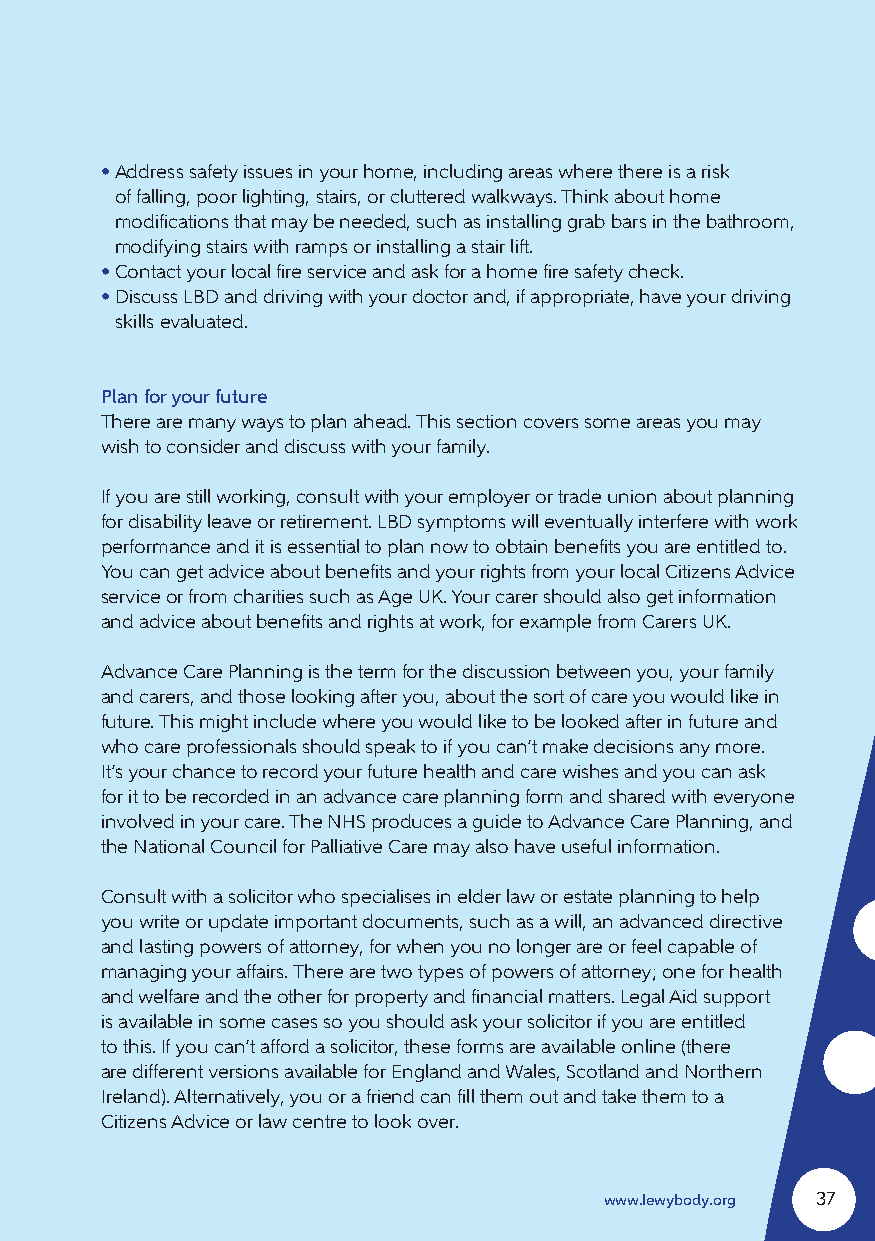
• Address safety issues in your home, including areas where there is a risk
 of falling, poor lighting, stairs, or cluttered walkways. Think about home
 modifications that may be needed, such as installing grab bars in the bathroom,
 modifying stairs with ramps or installing a stair lift.
 • Contact your local fire service and ask for a home fire safety check.
 • Discuss LBD and driving with your doctor and, if appropriate, have your driving
 skills evaluated.
 Plan for your future
 There are many ways to plan ahead. This section covers some areas you may
 wish to consider and discuss with your family.
 If you are still working, consult with your employer or trade union about planning
 for disability leave or retirement. LBD symptoms will eventually interfere with work
 performance and it is essential to plan now to obtain benefits you are entitled to.
 You can get advice about benefits and your rights from your local Citizens Advice
 service or from charities such as Age UK. Your carer should also get information
 and advice about benefits and rights at work, for example from Carers UK.
 Advance Care Planning is the term for the discussion between you, your family
 and carers, and those looking after you, about the sort of care you would like in
 future. This might include where you would like to be looked after in future and
 who care professionals should speak to if you can’t make decisions any more.
 It’s your chance to record your future health and care wishes and you can ask
 for it to be recorded in an advance care planning form and shared with everyone
 involved in your care. The NHS produces a guide to Advance Care Planning, and
 the National Council for Palliative Care may also have useful information.
 Consult with a solicitor who specialises in elder law or estate planning to help
 you write or update important documents, such as a will, an advanced directive
 and lasting powers of attorney, for when you no longer are or feel capable of
 managing your affairs. There are two types of powers of attorney; one for health
 and welfare and the other for property and financial matters. Legal Aid support
 is available in some cases so you should ask your solicitor if you are entitled
 to this. If you can’t afford a solicitor, these forms are available online (there
 are different versions available for England and Wales, Scotland and Northern
 Ireland). Alternatively, you or a friend can fill them out and take them to a
 Citizens Advice or law centre to look over.
 www.lewybody.org 37